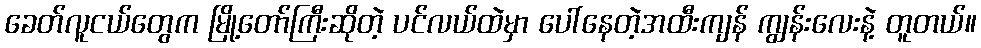
ခေတ်လူငယ်တွေက မြို့တော်ကြီးဆိုတဲ့ ပင်လယ်ထဲမှာ ပေါ်နေတဲ့အထီးကျန် ကျွန်းလေးနဲ့ တူတယ်။